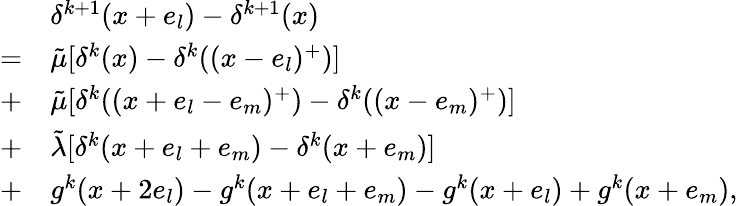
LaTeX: \begin{array}{rl}&{\delta^{k+1}(x+e_{l})-\delta^{k+1}(x)}\\ {=}&{\tilde{\mu}[\delta^{k}(x)-\delta^{k}((x-e_{l})^{+})]}\\ {+}&{\tilde{\mu}[\delta^{k}((x+e_{l}-e_{m})^{+})-\delta^{k}((x-e_{m})^{+})]}\\ {+}&{\tilde{\lambda}[\delta^{k}(x+e_{l}+e_{m})-\delta^{k}(x+e_{m})]}\\ {+}&{g^{k}(x+2e_{l})-g^{k}(x+e_{l}+e_{m})-g^{k}(x+e_{l})+g^{k}(x+e_{m}),}\end{array}